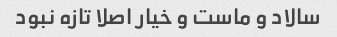
سالاد و ماست و خیار اصلا تازه نبود